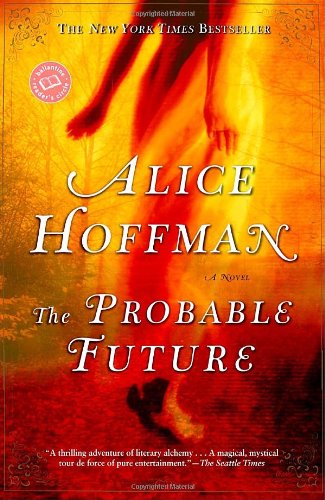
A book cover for The Probable Future (Ballantine Reader's Circle); Alice Hoffman; Science Fiction & Fantasy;